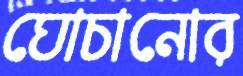
ঘোচানোর